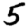
Digit: 5